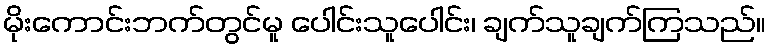
မိုးကောင်းဘက်တွင်မူ ပေါင်းသူပေါင်း၊ ချက်သူချက်ကြသည်။